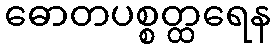
ဓောတပစ္စတ္ထရေန